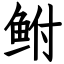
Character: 鲋